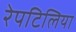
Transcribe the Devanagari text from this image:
रेपटिलिया